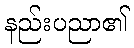
နည်းပညာ၏